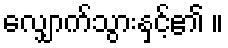
လျှောက်သွားနှင့်၏ ။